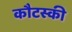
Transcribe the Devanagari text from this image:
कौटस्की